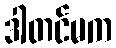
ဒါတင်မက